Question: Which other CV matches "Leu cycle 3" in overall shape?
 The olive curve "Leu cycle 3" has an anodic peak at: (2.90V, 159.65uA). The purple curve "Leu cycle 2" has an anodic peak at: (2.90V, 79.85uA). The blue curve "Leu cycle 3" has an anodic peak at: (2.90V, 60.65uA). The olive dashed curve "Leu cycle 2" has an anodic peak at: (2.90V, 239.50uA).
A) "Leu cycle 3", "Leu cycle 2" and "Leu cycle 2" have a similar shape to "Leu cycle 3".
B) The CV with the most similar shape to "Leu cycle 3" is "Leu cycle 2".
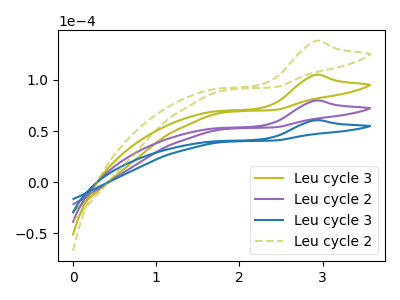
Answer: <think>All the peaks in "Leu cycle 3" have a peak in "Leu cycle 2" at the same potential. Every peak in "Leu cycle 3" is higher than every peak in "Leu cycle 2". All the peaks in "Leu cycle 3" have a peak in "Leu cycle 3" at the same potential. Every peak in "Leu cycle 3" is higher than every peak in "Leu cycle 3". All the peaks in "Leu cycle 3" have a peak in "Leu cycle 2" at the same potential. Every peak in "Leu cycle 3" is lower than every peak in "Leu cycle 2". All the peaks in "Leu cycle 2" have a peak in "Leu cycle 3" at the same potential. Every peak in "Leu cycle 2" is higher than every peak in "Leu cycle 3". All the peaks in "Leu cycle 2" have a peak in "Leu cycle 2" at the same potential. Every peak in "Leu cycle 2" is lower than every peak in "Leu cycle 2". All the peaks in "Leu cycle 3" have a peak in "Leu cycle 2" at the same potential. Every peak in "Leu cycle 3" is lower than every peak in "Leu cycle 2".
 </think>
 <answer>A) "Leu cycle 3", "Leu cycle 2" and "Leu cycle 2" have a similar shape to "Leu cycle 3".</answer>
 <eval>A</eval>